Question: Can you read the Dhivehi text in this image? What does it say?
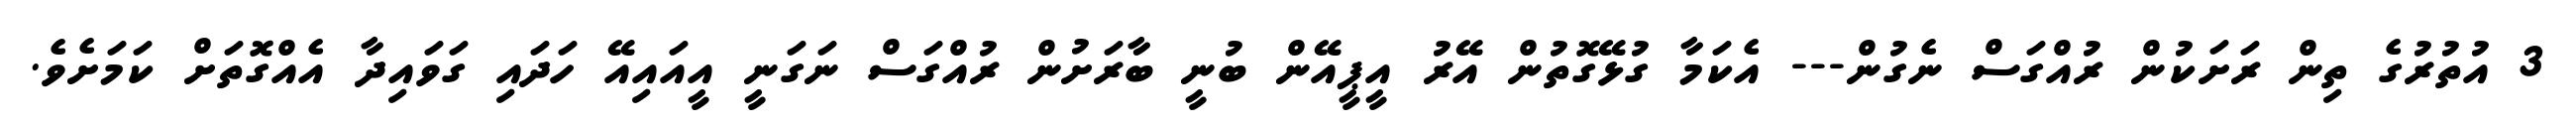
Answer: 3 އުތުރުގެ ތިން ރަށަކުން ރުއްގަސް ނެގުން--- އެކަމާ ގުޅޭގޮތުން އޭރު އީޕީއޭން ބުނީ ބާރަށުން ރުއްގަސް ނަގަނީ އީއައިއޭ ހަދައި ގަވައިދާ އެއްގޮތަށް ކަމަށެވެ.